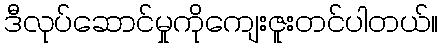
ဒီလုပ်ဆောင်မှုကိုကျေးဇူးတင်ပါတယ်။